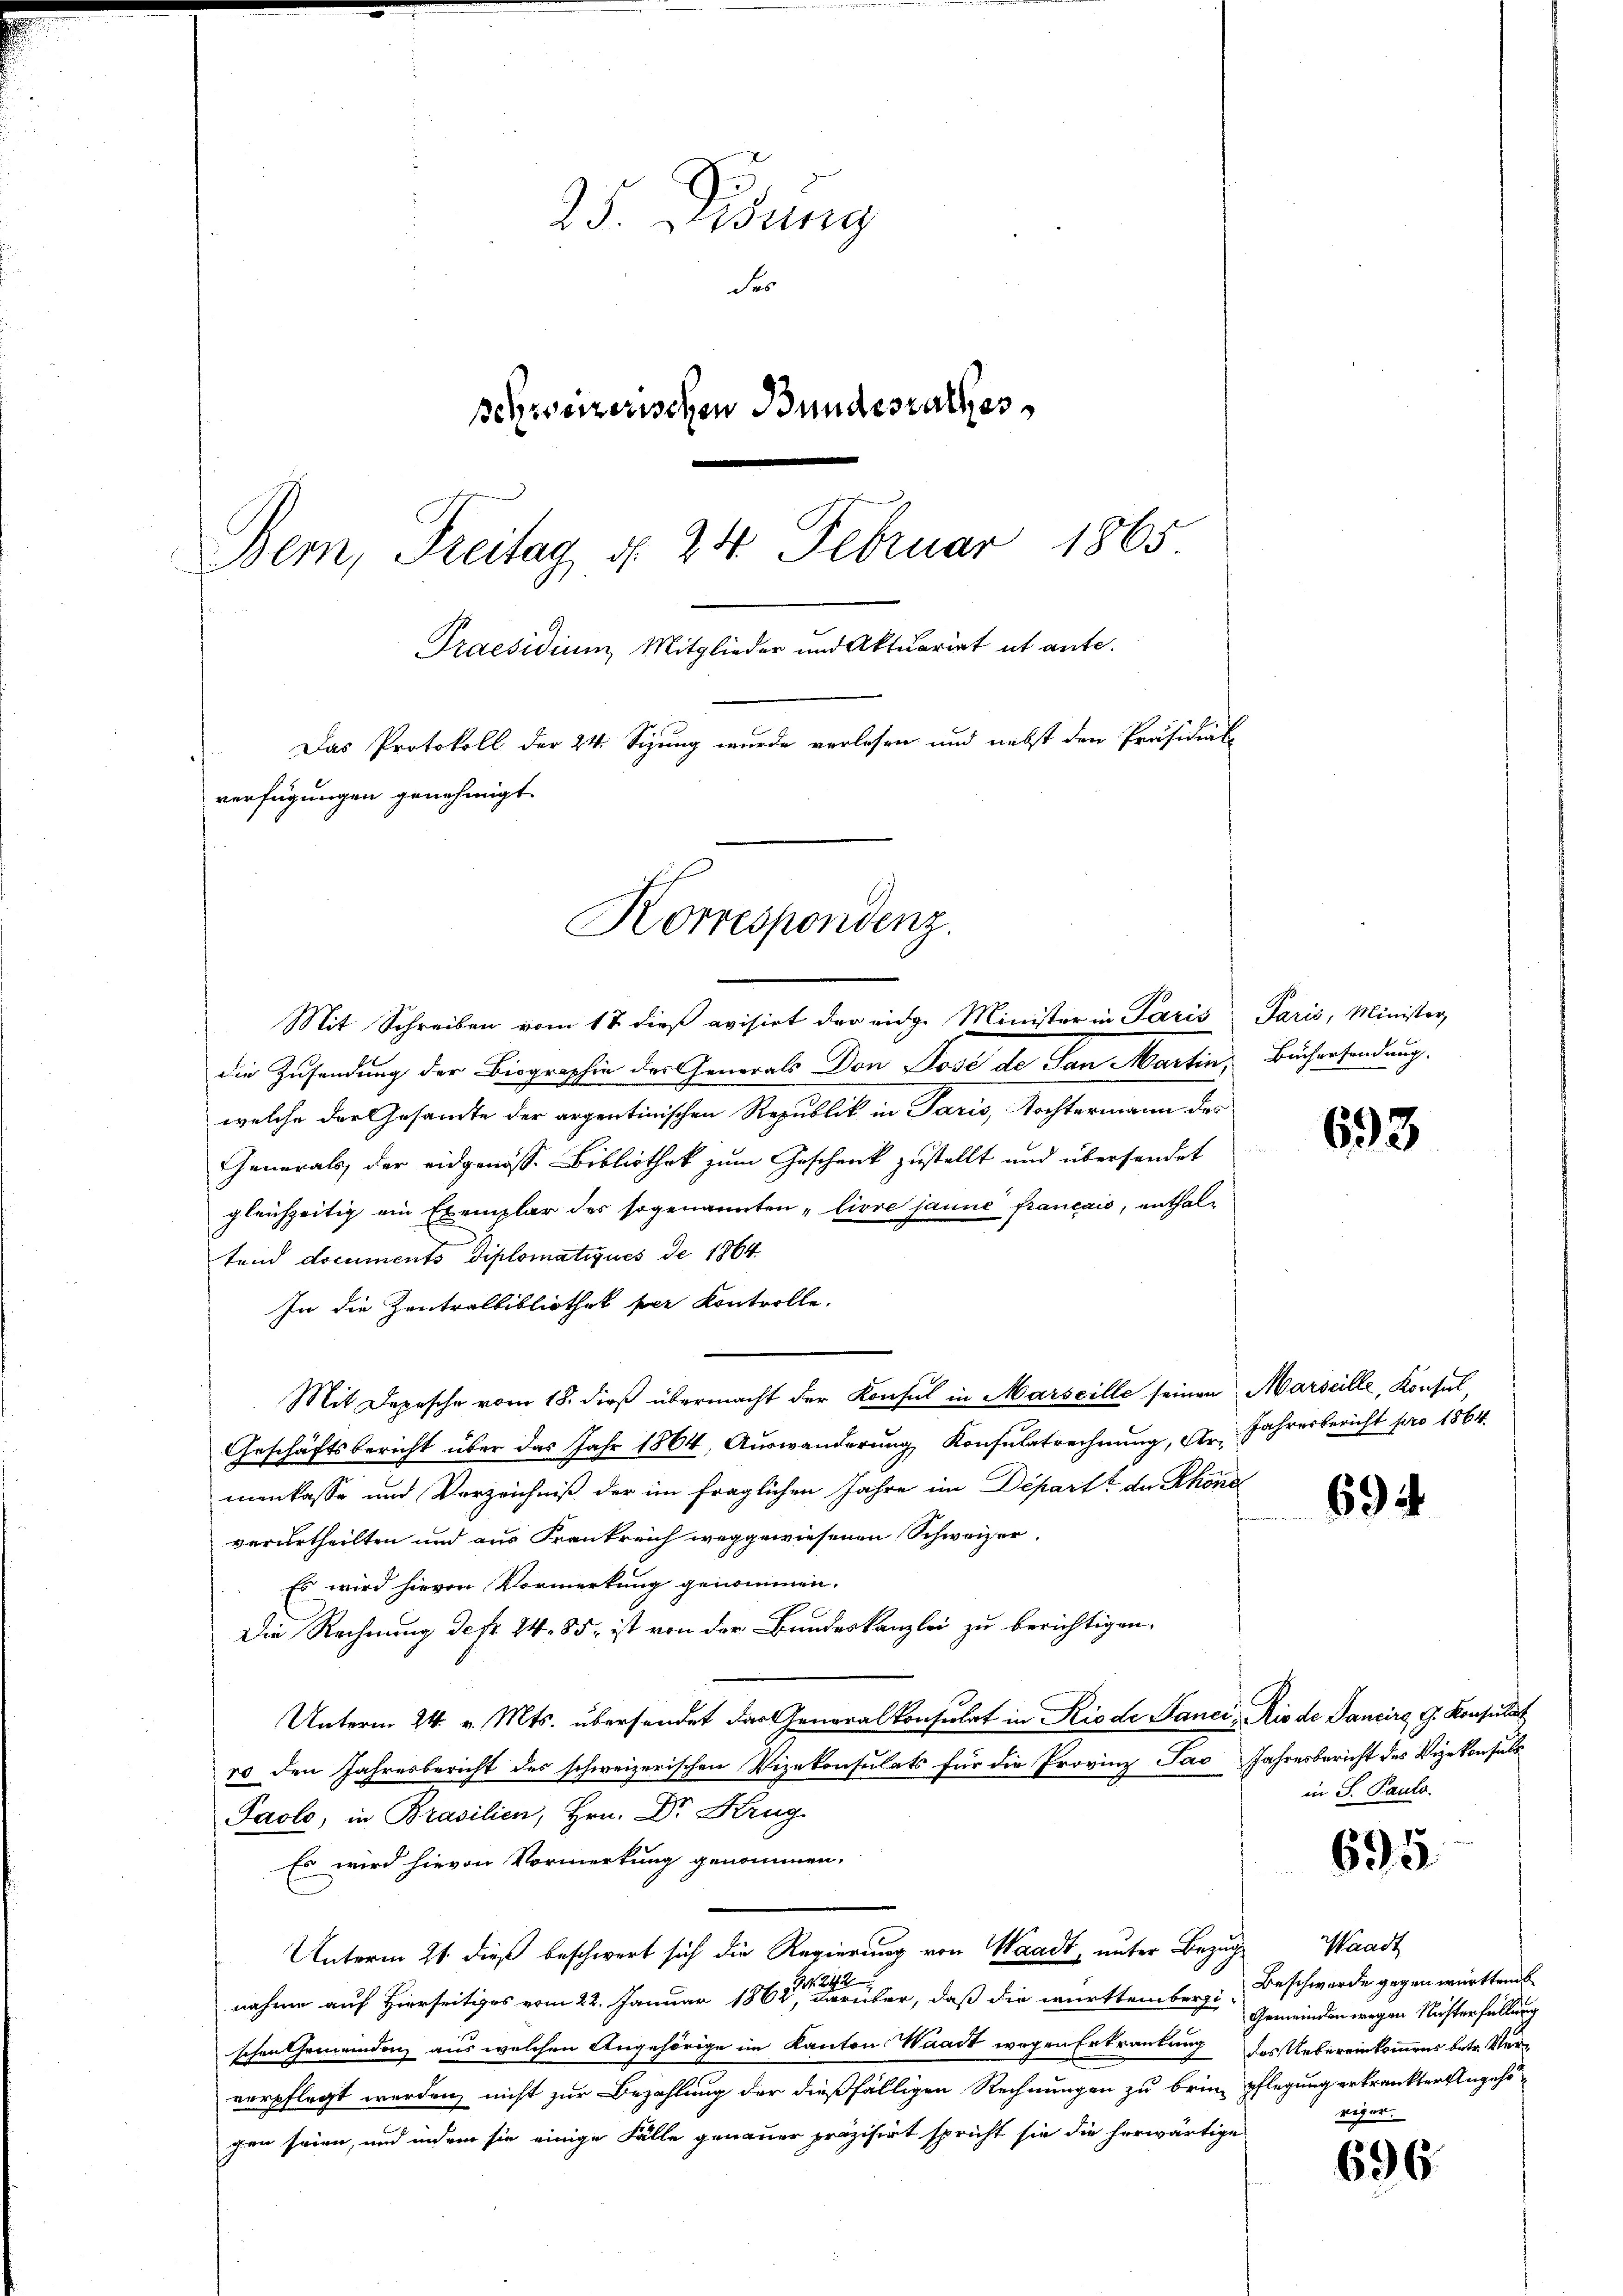
25. Didung
Fes
schweizerischen Bundesrathes
1865
Bern, Freitag §. 24. Februar
Praesidium Mitglieder und Aktuariat et ante.
Das Protokoll der 24. Sizung wurde verlesen und nebst den Präsidiale
verfügungen genehmigt.

Korrespondenz.

Mit Schreiben vom 18 dieß evisirt der eidg. Minister in Paris Paris, Minister,
die Zusendung der Biographien der Generals Don José de San Martin, Büchersendung.
welche der Gesandte der argentinischen Republik in Paris, Tochtermann des
Generals, der eidgenosse Bibliothek zum Geschenk zustellt und übersendet
gleichzeitig ein Exemplar des sogenannten „livre janne français, enthaltend documents diplomatiques de 1864.
In die Zentralbibliothek per Kontrolle.
Mit Depesche vom 18. dieß übermacht der Konsul in Marseille seinen Marseille, Konsul,
Geschäftsbericht über das Jahr 1864, Aŭswanderŭng Konsŭlatrechnŭng, d. Jahresbericht pro 1864.
menkasse und Verzeichniß der im fraglichen Jahre im Depart, da Rhone
verurtheilten und aus Frankreich weggewiesenen Schweizer.
Es wird hievon Vormerkung genommen.
Die Rechnung defr. 24. 85. ist von der Bundeskanzlei zu berichtigen.
Unterm 24. v. Mts. übersendet das Generalkonsulat in Rio de Sanci, Rio de Dancirg, G. Konsulat
ro den Jahresbericht des schweizerischen Vizekonsulats für die Provinz Jao Jahresbericht des Vizekonsuls
Paole, in Brasilien, Hrn. Dr. Krug
Es wird hievon Vormerkung genommen.
Unterm 21. dieß beschwert sich die Regierung von Waadt, unter Bezug
nahme auf Hierseitiges vom 22. Januar 1862 eine der, daß die württemberg: Beschwerde gegen würktrat
schen Gemeindenz aus welchen Angehörige im Kanton Waadt wegen Erkrautung des Uebereinkommens betr. Ververpflegt werden, nicht zur Bezahlung der dießfälligen Rechnungen zu brin pflegung erkrankter Angehögen seien, und indem sie einige Fälle genauer präzisirt spricht sie die herwärtige

in S. Pauls.

693

694

695.

Waadt
Gemeinden wegen Nichterfüllung
riger.

696